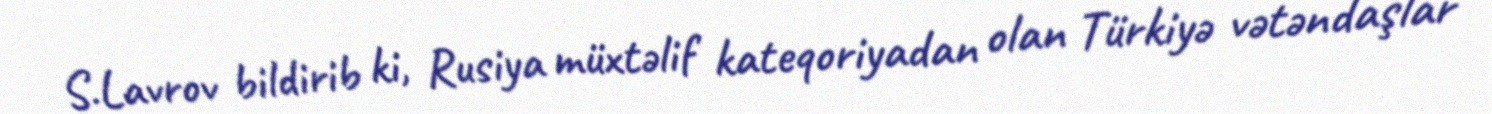
S.Lavrov bildirib ki, Rusiya müxtəlif kateqoriyadan olan Türkiyə vətəndaşlar